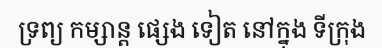
ទ្រព្យ កម្សាន្ត ផ្សេង ទៀត នៅក្នុង ទីក្រុង